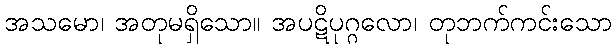
အသမော၊ အတုမရှိသော။ အပဋိပုဂ္ဂလော၊ တုဘက်ကင်းသော